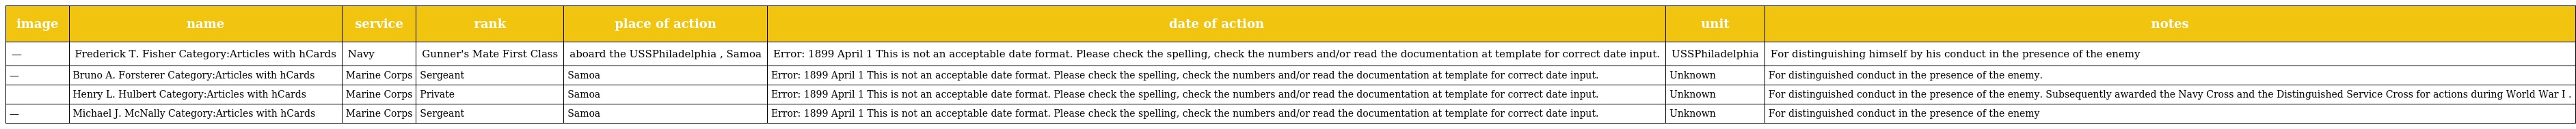
| image | name | service | rank | place of action | date of action | unit | notes |
 | --- | --- | --- | --- | --- | --- | --- | --- |
 | — | Frederick T. Fisher Category:Articles with hCards | Navy | Gunner's Mate First Class | aboard the USSPhiladelphia , Samoa | Error: 1899 April 1 This is not an acceptable date format. Please check the spelling, check the numbers and/or read the documentation at template for correct date input. | USSPhiladelphia | For distinguishing himself by his conduct in the presence of the enemy |
 | — | Bruno A. Forsterer Category:Articles with hCards | Marine Corps | Sergeant | Samoa | Error: 1899 April 1 This is not an acceptable date format. Please check the spelling, check the numbers and/or read the documentation at template for correct date input. | Unknown | For distinguished conduct in the presence of the enemy. |
 |  | Henry L. Hulbert Category:Articles with hCards | Marine Corps | Private | Samoa | Error: 1899 April 1 This is not an acceptable date format. Please check the spelling, check the numbers and/or read the documentation at template for correct date input. | Unknown | For distinguished conduct in the presence of the enemy. Subsequently awarded the Navy Cross and the Distinguished Service Cross for actions during World War I . |
 | — | Michael J. McNally Category:Articles with hCards | Marine Corps | Sergeant | Samoa | Error: 1899 April 1 This is not an acceptable date format. Please check the spelling, check the numbers and/or read the documentation at template for correct date input. | Unknown | For distinguished conduct in the presence of the enemy |